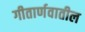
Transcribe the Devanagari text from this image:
गीतार्णवातील